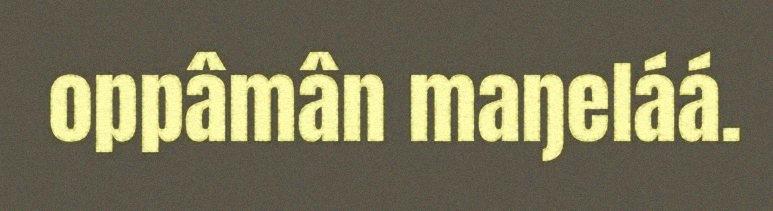
oppâmân maŋeláá.